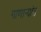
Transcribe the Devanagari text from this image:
गाणार्‍यांत